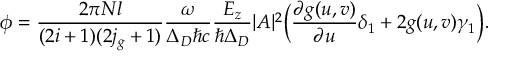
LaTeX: \phi = \frac { 2 \pi N l } { ( 2 i + 1 ) ( 2 j _ { g } + 1 ) } \frac { \omega } { \Delta _ { D } \hbar c } \frac { E _ { z } } { \hbar \Delta _ { D } } | A | ^ { 2 } \biggl ( \frac { \partial g ( u , v ) } { \partial u } \delta _ { 1 } + 2 g ( u , v ) \gamma _ { 1 } \biggr ) .